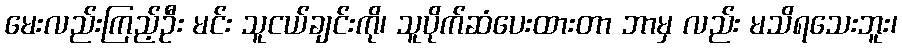
မေးလည်းကြည့်ဦး မင်း သူငယ်ချင်းကို၊ သူပိုက်ဆံပေးထားတာ ဘာမှ လည်း မသိရသေးဘူး၊